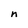
Character: n